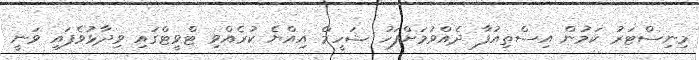
މިނިސްޓަރު ކަމުން އިސްތިއުފާ ދެއްވުމަށްފަހު ޝަހީމް އިއްޔެ ކުރެއްވި ޓްވީޓްގައި ވިދާޅުވެފައި ވަނީ